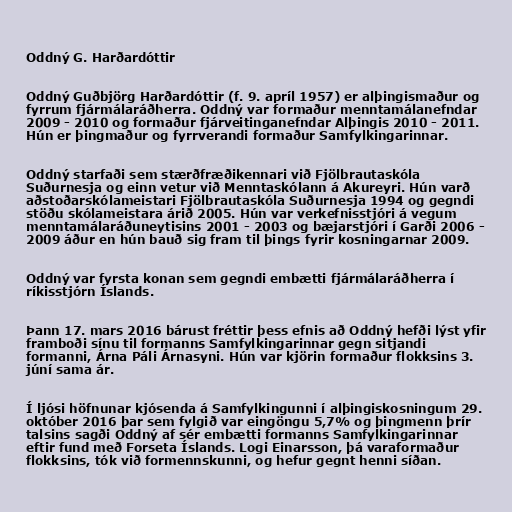
Oddný G. Harðardóttir

Oddný Guðbjörg Harðardóttir (f. 9. apríl 1957) er alþingismaður og
fyrrum fjármálaráðherra. Oddný var formaður menntamálanefndar
2009 - 2010 og formaður fjárveitinganefndar Alþingis 2010 - 2011.
Hún er þingmaður og fyrrverandi formaður Samfylkingarinnar.

Oddný starfaði sem stærðfræðikennari við Fjölbrautaskóla
Suðurnesja og einn vetur við Menntaskólann á Akureyri. Hún varð
aðstoðarskólameistari Fjölbrautaskóla Suðurnesja 1994 og gegndi
stöðu skólameistara árið 2005. Hún var verkefnisstjóri á vegum
menntamálaráðuneytisins 2001 - 2003 og bæjarstjóri í Garði 2006 -
2009 áður en hún bauð sig fram til þings fyrir kosningarnar 2009.

Oddný var fyrsta konan sem gegndi embætti fjármálaráðherra í
ríkisstjórn Íslands.

Þann 17. mars 2016 bárust fréttir þess efnis að Oddný hefði lýst yfir
framboði sínu til formanns Samfylkingarinnar gegn sitjandi
formanni, Árna Páli Árnasyni. Hún var kjörin formaður flokksins 3.
júní sama ár.

Í ljósi höfnunar kjósenda á Samfylkingunni í alþingiskosningum 29.
október 2016 þar sem fylgið var eingöngu 5,7% og þingmenn þrír
talsins sagði Oddný af sér embætti formanns Samfylkingarinnar
eftir fund með Forseta Íslands. Logi Einarsson, þá varaformaður
flokksins, tók við formennskunni, og hefur gegnt henni síðan.